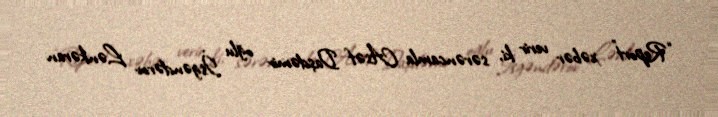
“Report” xəbər verir ki, sərəncamla Asəf Daşdəmir oğlu İsgəndərov Lənkəran